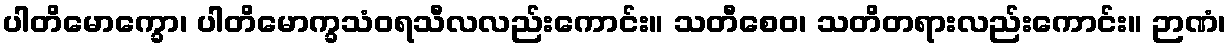
ပါတိမောက္ခော၊ ပါတိမောက္ခသံဝရသီလလည်းကောင်း။ သတီစေဝ၊ သတိတရားလည်းကောင်း။ ဉာဏံ၊